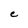
Character: e